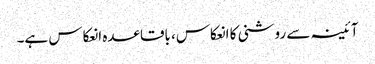
آئینہ سے روشنی کا انعکاس، باقاعدہ انعکاس ہے۔